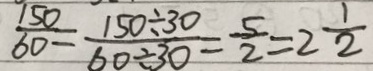
\frac { 1 5 0 } { 6 0 } = \frac { 1 5 0 \div 3 0 } { 6 0 \div 3 0 } = \frac { 5 } { 2 } = 2 \frac { 1 } { 2 }